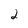
Character: 2